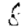
Digit: 8